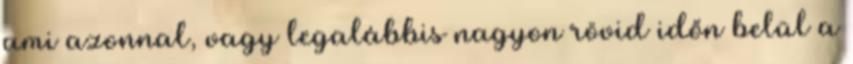
ami azonnal, vagy legalábbis nagyon rövid időn belül a